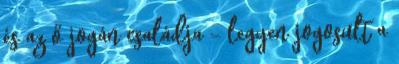
és az ő jogán családja - legyen jogosult a